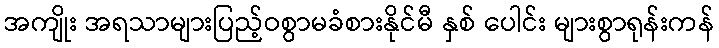
အကျိုး အရသာများပြည့်ဝစွာမခံစားနိုင်မီ နှစ် ပေါင်း များစွာရုန်းကန်